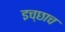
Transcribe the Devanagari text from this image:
इच्छाच